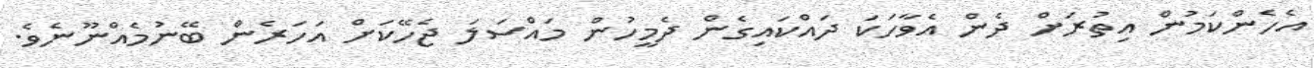
އެހެންކަމުން އިތުރަށް ދެން އެވާހަކަ ދައްކައިގެން ދެމީހުން މައްސަލަ ޖެހޭކަށް އަހަރެން ބޭނުމެއްނޫނެވެ.